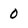
Character: 0